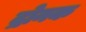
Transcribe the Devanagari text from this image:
द्रोनक